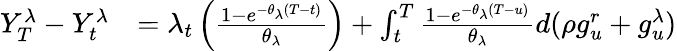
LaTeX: \begin{array}{rl}{Y_{T}^{\lambda}-Y_{t}^{\lambda}}&{=\lambda_{t}\left(\frac{1-e^{-\theta_{\lambda}(T-t)}}{\theta_{\lambda}}\right)+\int_{t}^{T}\frac{1-e^{-\theta_{\lambda}(T-u)}}{\theta_{\lambda}}d(\rho g_{u}^{r}+g_{u}^{\lambda})}\end{array}